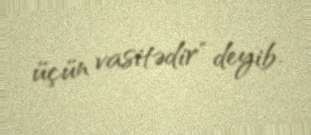
üçün vasitədir" deyib.